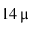
1 4 \, \upmu